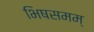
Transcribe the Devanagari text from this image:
भिषसमम्